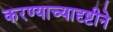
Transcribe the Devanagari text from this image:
करण्याच्यादृष्टीने